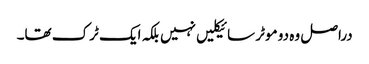
دراصل وہ دو موٹر سائیکلیں نہیں بلکہ ایک ٹرک تھا۔